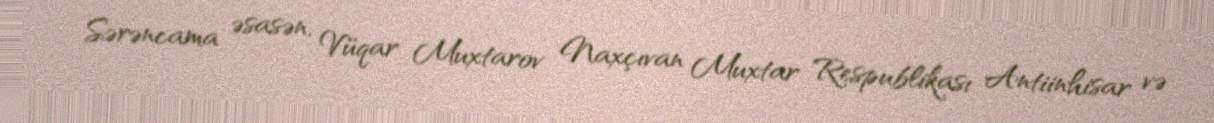
Sərəncama əsasən, Vüqar Muxtarov Naxçıvan Muxtar Respublikası Antiinhisar və